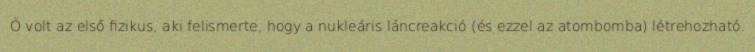
Ő volt az első fizikus, aki felismerte, hogy a nukleáris láncreakció (és ezzel az atombomba) létrehozható.